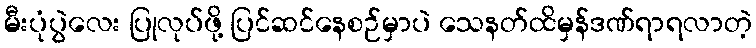
မီးပုံပွဲလေး ပြုလုပ်ဖို့ ပြင်ဆင်နေစဉ်မှာပဲ သေနတ်ထိမှန်ဒဏ်ရာရလာတဲ့